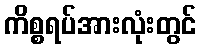
ကိစ္စရပ်အားလုံးတွင်